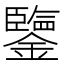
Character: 鑒